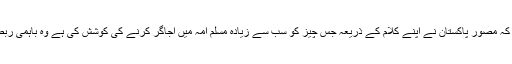
20 اپریل2018ء) آزاد جموں وکشمیر کے وزیر اطلاعات راجہ مشتاق احمد منہاس نے کہا ہے کہ مصور پاکستان نے اپنے کلام کے ذریعہ جس چیز کو سب سے زیادہ مسلم امہ میں اجاگر کرنے کی کوشش کی ہے وہ باہمی ربط ، یگانگت اور ہم آہنگی ہے کہ اس کے بغیر کوئی بھی قوم اپنی منزل مقصود کو نہیں پا سکتی ۔